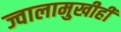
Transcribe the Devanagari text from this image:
ज्वालामुखीही